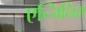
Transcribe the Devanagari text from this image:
एन्जिलिस